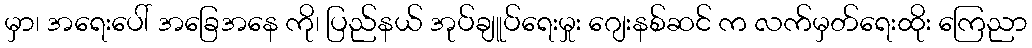
မှာ၊ အရေးပေါ် အခြေအနေ ကို၊ ပြည်နယ် အုပ်ချူပ်ရေးမှုး ဂျေးနစ်ဆင် က လက်မှတ်ရေးထိုး ကြေညာ